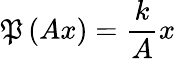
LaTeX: \mathfrak{P}\left(Ax\right)=\frac{{k}}{{A}}x